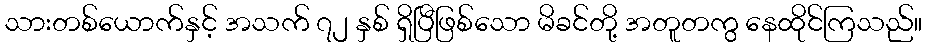
သားတစ်ယောက်နှင့် အသက် ၇၂ နှစ် ရှိပြီဖြစ်သော မိခင်တို့ အတူတကွ နေထိုင်ကြသည်။